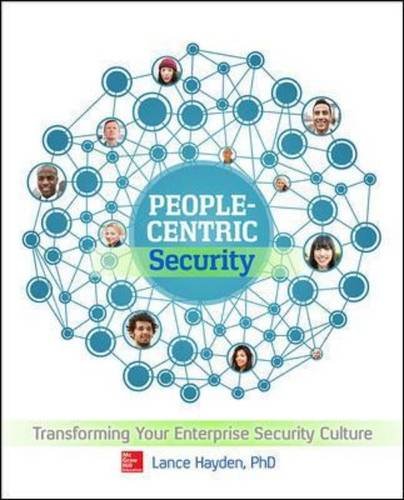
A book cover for People-Centric Security: Transforming Your Enterprise Security Culture; Lance Hayden; Computers & Technology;